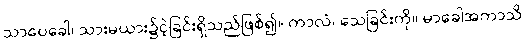
သာပေခေါ၊ သားမယား၌ငဲ့ခြင်းရှိသည်ဖြစ်၍။ ကာလံ၊ သေခြင်းကို။ မာခေါအကာသိ၊